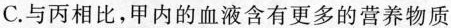
C.与丙相比，甲内的血液含有更多的营养物质